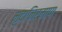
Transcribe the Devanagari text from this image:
मृदानिर्माण